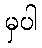
မှပါ